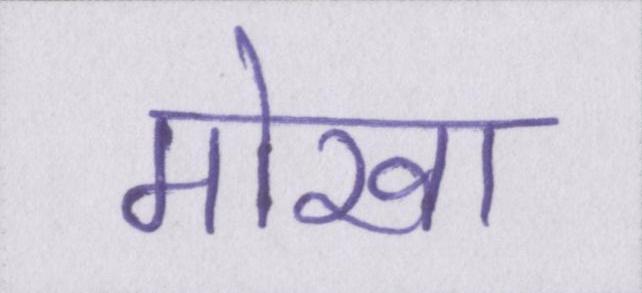
मोखा